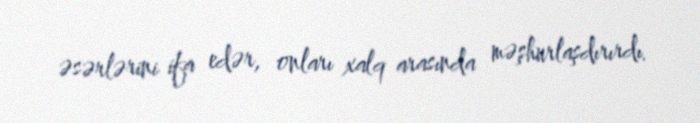
əsərlərini ifa edər, onları xalq arasında məşhurlaşdırırdı.